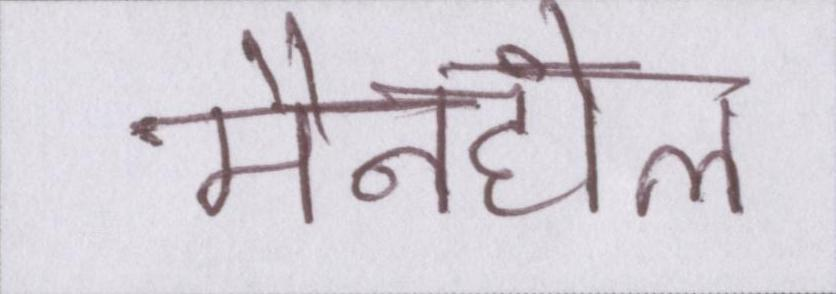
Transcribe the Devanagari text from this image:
मैनहोल